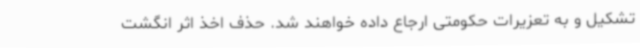
تشکیل و به تعزیرات حکومتی ارجاع داده خواهند شد. حذف اخذ اثر انگشت